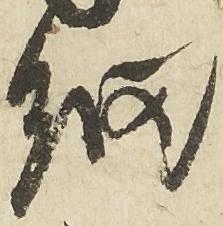
細